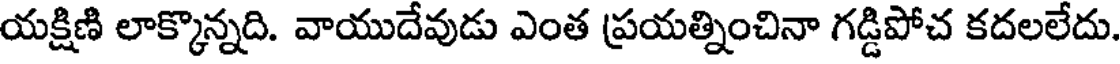
యక్షిణి లాక్కొన్నది. వాయుదేవుడు ఎంత ప్రయత్నించినా గడ్డిపోచ కదలలేదు.